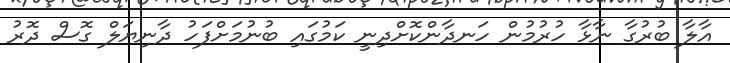
އާލާ ބުރުގާ ނާޅާ ހުރުމުން ހަނދާންކޮށްދިނީ ކަމުގައި ބުނުމަށްފަހު ދާނިޔަލް ގޮސް ދޮރު